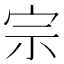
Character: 宗